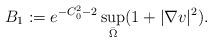
LaTeX: \begin{align*}B_1:= e^{-C_0^2 -2}\sup_{\bar \Omega} (1 + |\nabla v|^2). \end{align*}